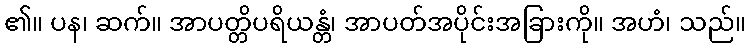
၏။ ပန၊ ဆက်။ အာပတ္တိပရိယန္တံ၊ အာပတ်အပိုင်းအခြားကို။ အဟံ၊ သည်။